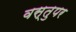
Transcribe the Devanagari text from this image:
वस्तुपर